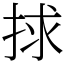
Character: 捄